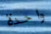
واحدة